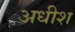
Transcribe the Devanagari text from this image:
अधीश